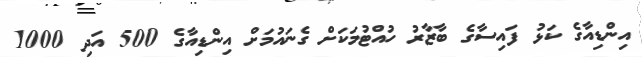
އިންޑިއާގެ ކަޅު ފައިސާގެ ބާޒާރު ހުއްޓުމަކަށް ގެނައުމަށް އިންޑިއާގެ 500 އަދި 1000